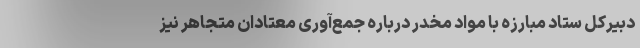
دبیرکل ستاد مبارزه با مواد مخدر درباره جمع‌آوری معتادان متجاهر نیز